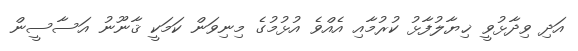
އަދި ވިދާޅުވީ ޚިޔާލުފާޅު ކުރުމާއި އެއްވެ އުޅުމުގެ މިނިވަން ކަމަކީ ޤާނޫނު އަސާސީން